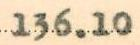
136.10